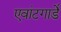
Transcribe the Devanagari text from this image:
एवांटगार्डे